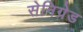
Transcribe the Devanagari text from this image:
सेनिग्रेड